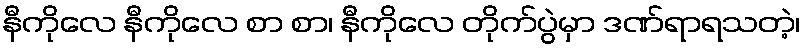
နီကိုလေ နီကိုလေ စာ စာ၊ နီကိုလေ တိုက်ပွဲမှာ ဒဏ်ရာရသတဲ့၊